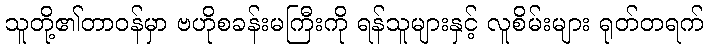
သူတို့၏တာဝန်မှာ ဗဟိုစခန်းမကြီးကို ရန်သူများနှင့် လူစိမ်းများ ရုတ်တရက်